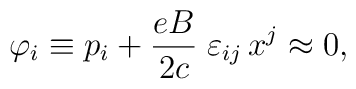
\varphi _{i}\equiv p_{i}+\frac{eB}{2c}\;\varepsilon _{ij}\,x^{j}\approx 0,